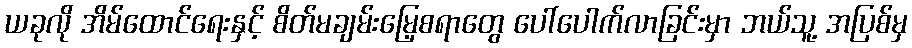
ယခုလို အိမ်ထောင်ရေးနှင့် စိတ်မချမ်းမြေ့စရာတွေ ပေါ်ပေါက်လာခြင်းမှာ ဘယ်သူ့ အပြစ်မှ